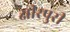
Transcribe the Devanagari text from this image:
क्षीरपुरी